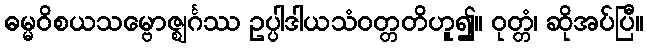
ဓမ္မဝိစယသမ္ဗောဇ္ဈင်္ဂဿ ဥပ္ပါဒါယသံဝတ္တတိဟူ၍။ ဝုတ္တံ၊ ဆိုအပ်ပြီ။